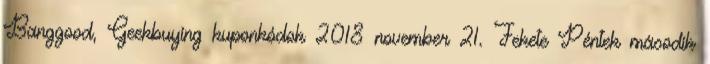
Banggood, Geekbuying kuponkódok 2018 november 21. Fekete Péntek második